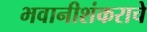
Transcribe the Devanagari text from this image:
भवानीशंकराचे